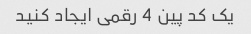
یک کد پین 4 رقمی ایجاد کنید